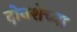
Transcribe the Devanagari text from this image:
दोनशेच्या